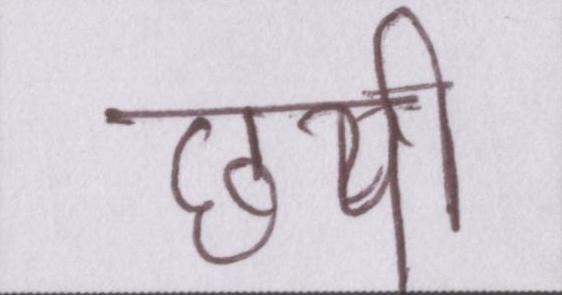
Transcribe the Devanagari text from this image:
छपी